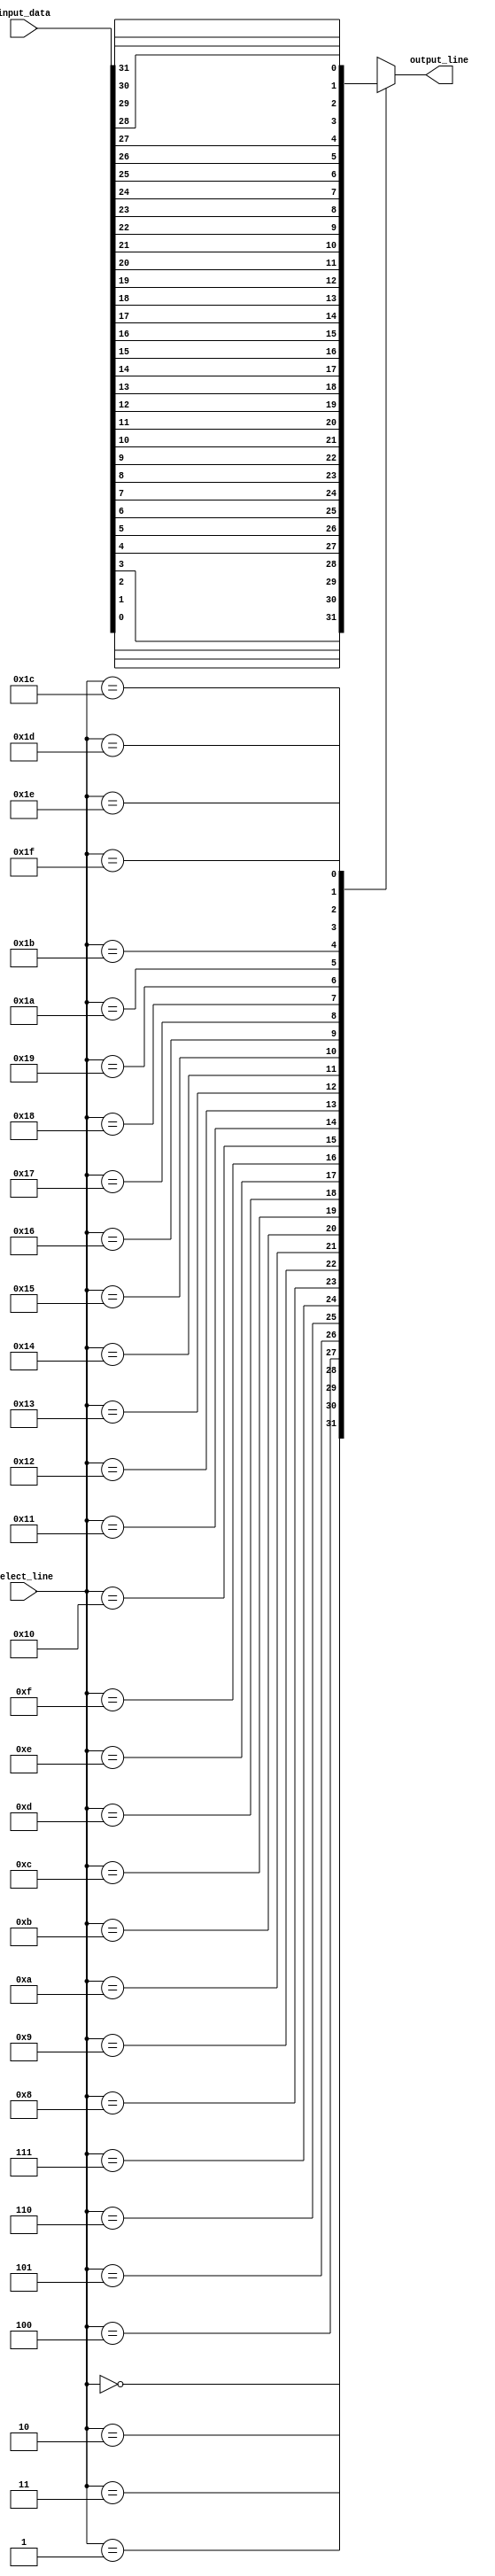
module multiplexer_32to1 (
    input [31:0] input_data, // 32-bit input data lines
    input [4:0] select_line, // 5-bit select line
    output reg output_line // output data line
);

always @(*) begin
    case (select_line)
        5'b00000: output_line = input_data[0];
        5'b00001: output_line = input_data[1];
        5'b00010: output_line = input_data[2];
        5'b00011: output_line = input_data[3];
        5'b00100: output_line = input_data[4];
        5'b00101: output_line = input_data[5];
        5'b00110: output_line = input_data[6];
        5'b00111: output_line = input_data[7];
        5'b01000: output_line = input_data[8];
        5'b01001: output_line = input_data[9];
        5'b01010: output_line = input_data[10];
        5'b01011: output_line = input_data[11];
        5'b01100: output_line = input_data[12];
        5'b01101: output_line = input_data[13];
        5'b01110: output_line = input_data[14];
        5'b01111: output_line = input_data[15];
        5'b10000: output_line = input_data[16];
        5'b10001: output_line = input_data[17];
        5'b10010: output_line = input_data[18];
        5'b10011: output_line = input_data[19];
        5'b10100: output_line = input_data[20];
        5'b10101: output_line = input_data[21];
        5'b10110: output_line = input_data[22];
        5'b10111: output_line = input_data[23];
        5'b11000: output_line = input_data[24];
        5'b11001: output_line = input_data[25];
        5'b11010: output_line = input_data[26];
        5'b11011: output_line = input_data[27];
        5'b11100: output_line = input_data[28];
        5'b11101: output_line = input_data[29];
        5'b11110: output_line = input_data[30];
        5'b11111: output_line = input_data[31];
        default: output_line = 0; // Default case
    endcase
end

endmodule